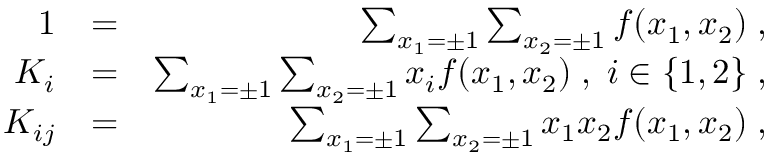
\begin{array} { r l r } { 1 } & { = } & { \sum _ { x _ { 1 } = \pm 1 } \sum _ { x _ { 2 } = \pm 1 } f ( x _ { 1 } , x _ { 2 } ) \; , } \\ { K _ { i } } & { = } & { \sum _ { x _ { 1 } = \pm 1 } \sum _ { x _ { 2 } = \pm 1 } x _ { i } f ( x _ { 1 } , x _ { 2 } ) \; , \; i \in \{ 1 , 2 \} \; , } \\ { K _ { i j } } & { = } & { \sum _ { x _ { 1 } = \pm 1 } \sum _ { x _ { 2 } = \pm 1 } x _ { 1 } x _ { 2 } f ( x _ { 1 } , x _ { 2 } ) \; , } \end{array}